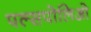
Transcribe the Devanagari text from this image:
पल्सपोलिओ